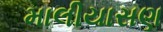
માલીયાસણ